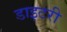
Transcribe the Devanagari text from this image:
डाइटरी